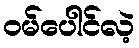
ဝမ်ပေါင်လဲ့